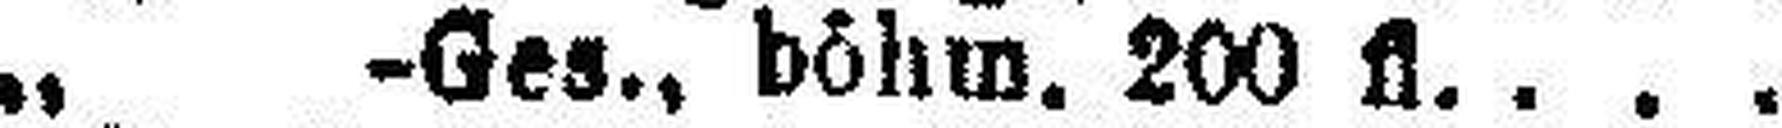
„ -Ges., böhm. 200 fl.